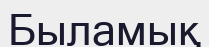
Быламық